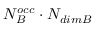
N _ { B } ^ { o c c } \cdot N _ { d i m B }